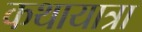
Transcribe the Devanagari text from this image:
कथायात्रा